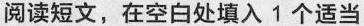
阅读短文,在空白处填入 1 个适当